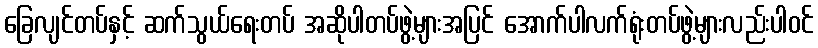
ခြေလျင်တပ်နှင့် ဆက်သွယ်ရေးတပ် အဆိုပါတပ်ဖွဲ့များအပြင် အောက်ပါလက်ရုံးတပ်ဖွဲ့များလည်းပါဝင်